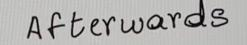
Afterwards